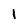
Character: I